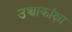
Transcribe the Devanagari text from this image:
उच्चाकांक्षा